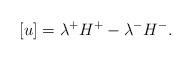
LaTeX: \begin{align*}[u]= \lambda^+ H^+ -\lambda^- H^-.\end{align*}